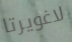
لاغويرتا